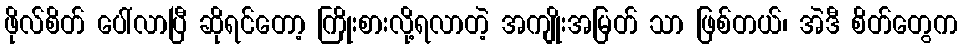
ဖိုလ်စိတ် ပေါ်လာပြီ ဆိုရင်တော့ ကြိုးစားလို့ရလာတဲ့ အကျိုးအမြတ် သာ ဖြစ်တယ်၊ အဲဒီ စိတ်တွေက